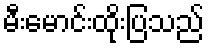
မီးမောင်းထိုးပြသည်